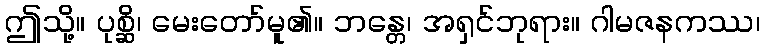
ဤသို့။ ပုစ္ဆိ၊ မေးတော်မူ၏။ ဘန္တေ၊ အရှင်ဘုရား။ ဂါမဇနကဿ၊